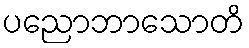
ပညောဘာသောတိ